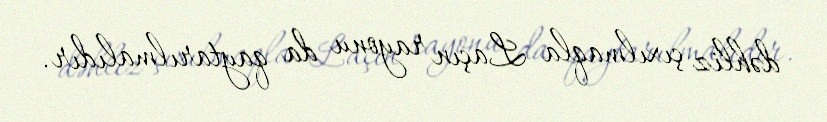
dəhliz çıxılmaqla Laçın rayonu da qaytarılmalıdır.